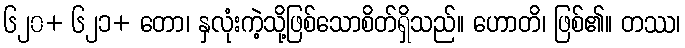
၆၂၀+ ၆၂၁+ တော၊ နှလုံးကဲ့သို့ဖြစ်သောစိတ်ရှိသည်။ ဟောတိ၊ ဖြစ်၏။ တဿ၊